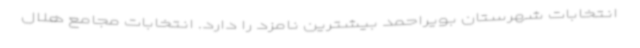
انتخابات شهرستان بویراحمد بیشترین نامزد را دارد. انتخابات مجامع هلال